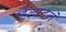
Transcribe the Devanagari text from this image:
हिल्बर्टने